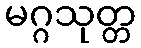
မဂ္ဂသုတ္တ